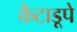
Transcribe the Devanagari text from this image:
कैटाडूपे